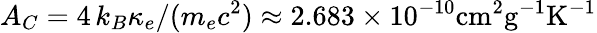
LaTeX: A_{C}=4\, k_{B}\kappa_{e}/(m_{e}c^{2})\approx 2.683\times 10^{-10}\mathrm{cm^{2}g^{-1}K^{-1}}